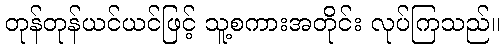
တုန်တုန်ယင်ယင်ဖြင့် သူ့စကားအတိုင်း လုပ်ကြသည်။